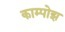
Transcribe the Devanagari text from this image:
काम्पोझ